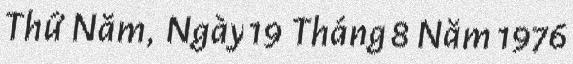
Thứ Năm, Ngày 19 Tháng 8 Năm 1976